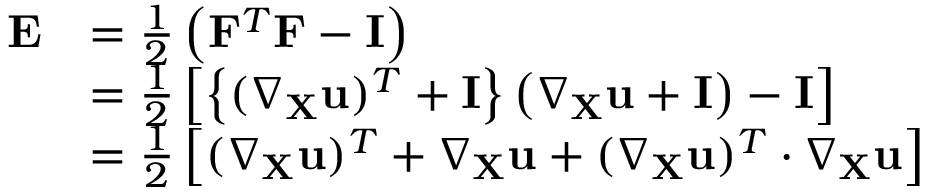
{ \begin{array} { r l } { \mathbf { E } } & { = { \frac { 1 } { 2 } } \left( \mathbf { F } ^ { T } \mathbf { F } - \mathbf { I } \right) } \\ & { = { \frac { 1 } { 2 } } \left[ \left\{ ( \nabla _ { \mathbf { X } } \mathbf { u } ) ^ { T } + \mathbf { I } \right\} \left( \nabla _ { \mathbf { X } } \mathbf { u } + \mathbf { I } \right) - \mathbf { I } \right] } \\ & { = { \frac { 1 } { 2 } } \left[ ( \nabla _ { \mathbf { X } } \mathbf { u } ) ^ { T } + \nabla _ { \mathbf { X } } \mathbf { u } + ( \nabla _ { \mathbf { X } } \mathbf { u } ) ^ { T } \cdot \nabla _ { \mathbf { X } } \mathbf { u } \right] } \end{array} }